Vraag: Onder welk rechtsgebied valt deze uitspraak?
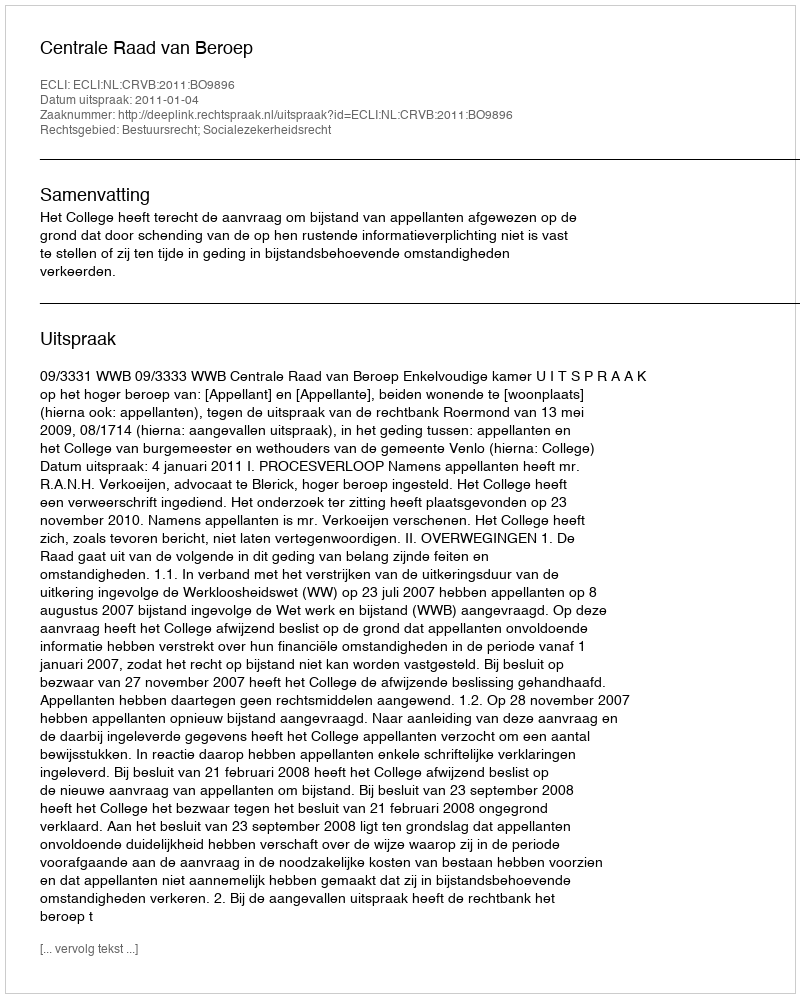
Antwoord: Bestuursrecht; Socialezekerheidsrecht